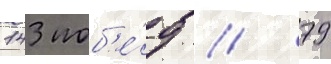
143 поб'е́д / 79